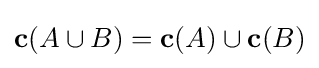
\mathbf {c} (A\cup B)=\mathbf {c} (A)\cup \mathbf {c} (B)